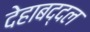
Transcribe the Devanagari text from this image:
देहाबद्दल